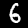
Label: 6